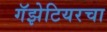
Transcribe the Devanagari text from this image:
गॅझेटियरचा